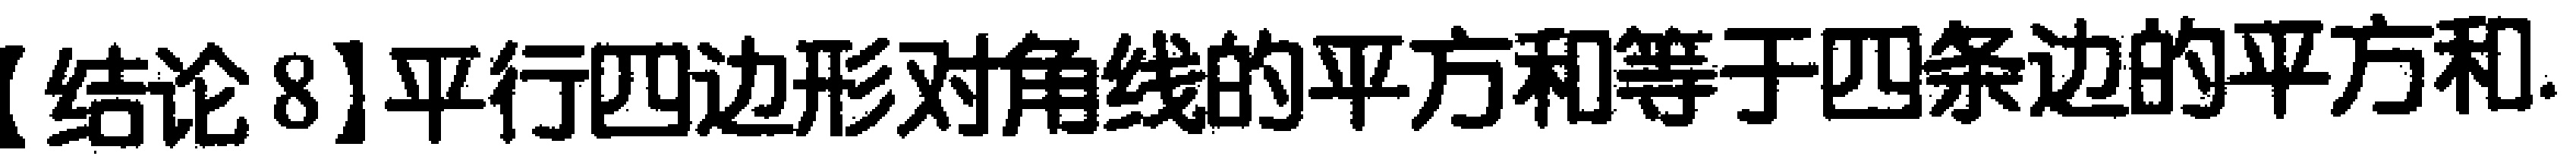
【结论8】平行四边形对角线的平方和等于四条边的平方和.